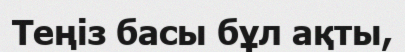
Теңіз басы бұл ақты,